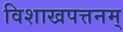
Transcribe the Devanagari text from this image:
विशाखपत्तनम्